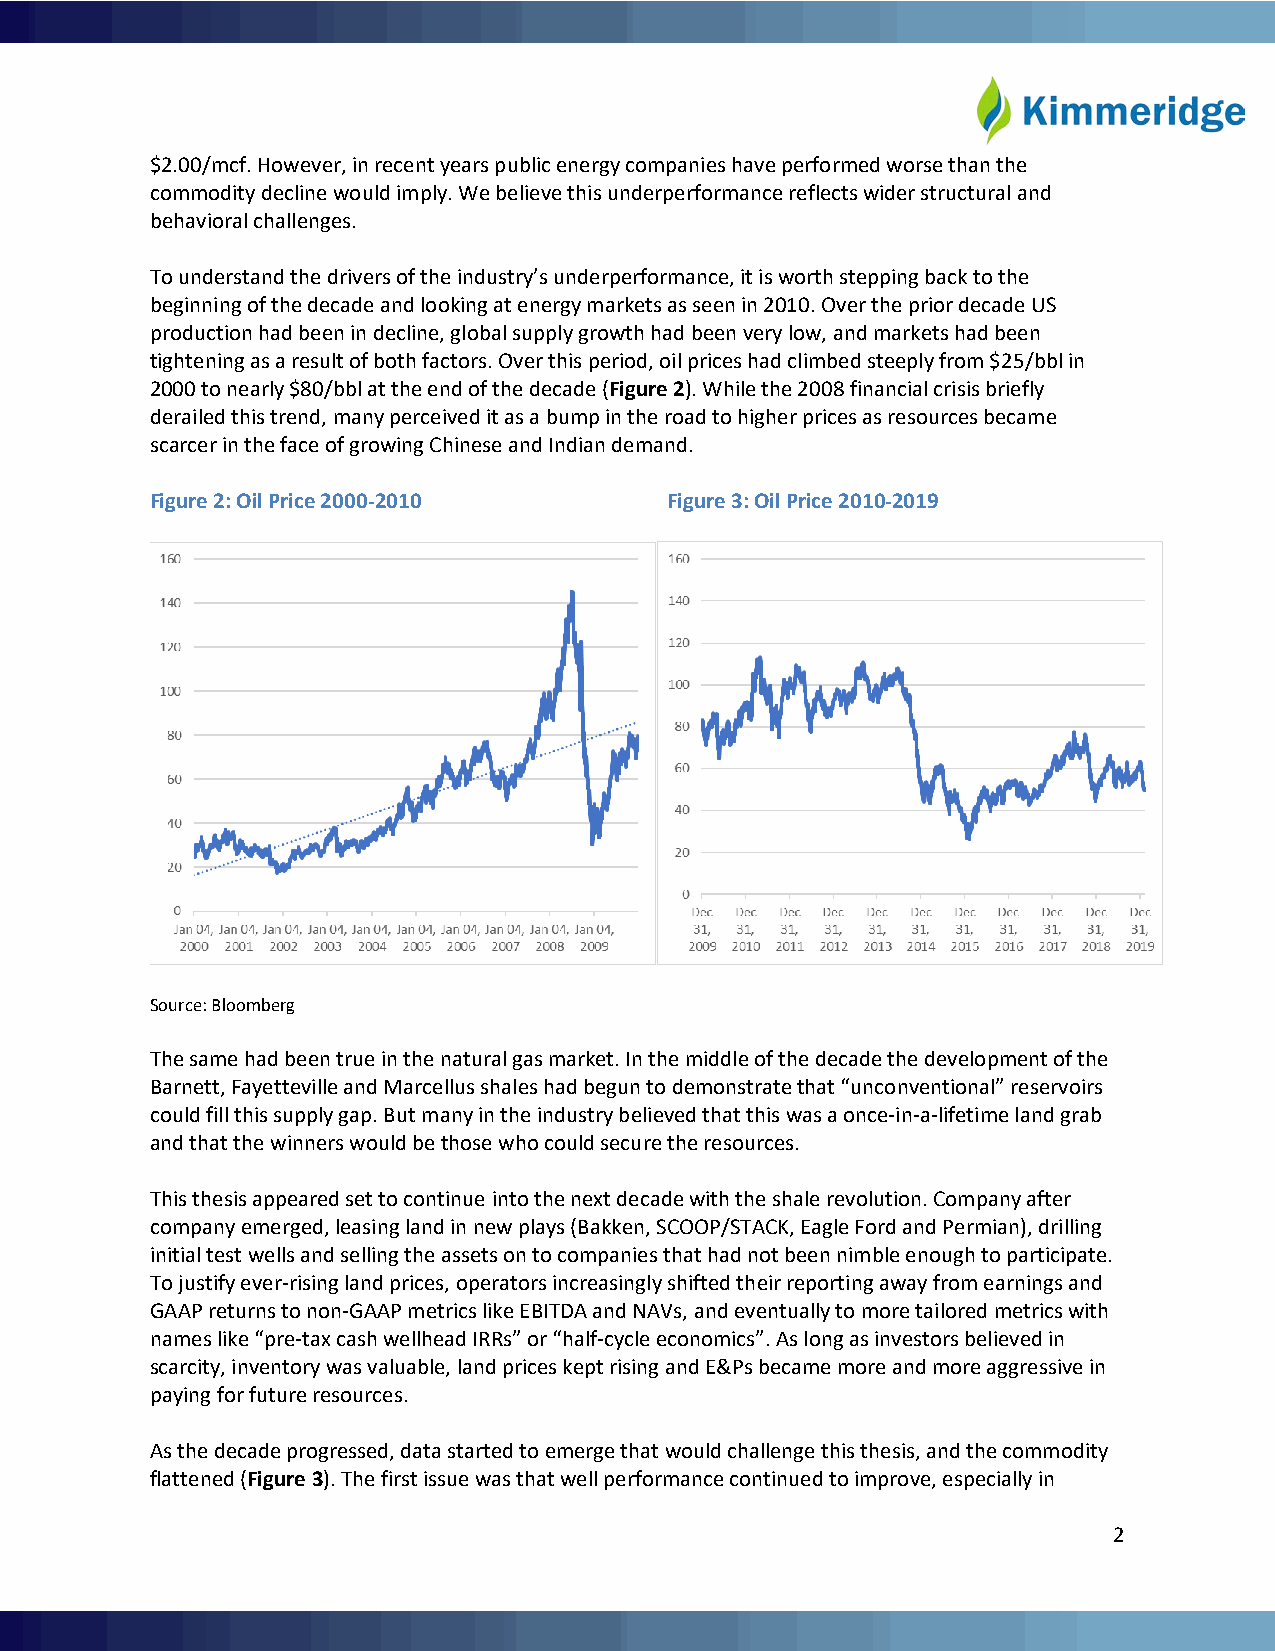
$2.00/mcf. However, in recent years public energy companies have performed worse than the
 commodity decline would imply. We believe this underperformance reflects wider structural and
 behavioral challenges.
 To understand the drivers of the industry’s underperformance, it is worth stepping back to the
 beginning of the decade and looking at energy markets as seen in 2010. Over the prior decade US
 production had been in decline, global supply growth had been very low, and markets had been
 tightening as a result of both factors. Over this period, oil prices had climbed steeply from $25/bbl in
 2000 to nearly $80/bbl at the end of the decade (Figure 2). While the 2008 financial crisis briefly
 derailed this trend, many perceived it as a bump in the road to higher prices as resources became
 scarcer in the face of growing Chinese and Indian demand.
 Figure 2: Oil Price 2000-2010     Figure 3: Oil Price 2010-2019
 Source: Bloomberg
 The same had been true in the natural gas market. In the middle of the decade the development of the
 Barnett, Fayetteville and Marcellus shales had begun to demonstrate that “unconventional” reservoirs
 could fill this supply gap. But many in the industry believed that this was a once-in-a-lifetime land grab
 and that the winners would be those who could secure the resources.
 This thesis appeared set to continue into the next decade with the shale revolution. Company after
 company emerged, leasing land in new plays (Bakken, SCOOP/STACK, Eagle Ford and Permian), drilling
 initial test wells and selling the assets on to companies that had not been nimble enough to participate.
 To justify ever-rising land prices, operators increasingly shifted their reporting away from earnings and
 GAAP returns to non-GAAP metrics like EBITDA and NAVs, and eventually to more tailored metrics with
 names like “pre-tax cash wellhead IRRs” or “half-cycle economics”. As long as investors believed in
 scarcity, inventory was valuable, land prices kept rising and E&Ps became more and more aggressive in
 paying for future resources.
 As the decade progressed, data started to emerge that would challenge this thesis, and the commodity
 flattened (Figure 3). The first issue was that well performance continued to improve, especially in
 2